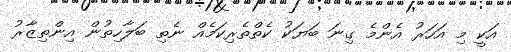
އަކީ މި އަހަރު އެންމެ ގިނަ ބަޔަކު ކެތްތެރިކަމެއް ނެތި ބަލާހިތުން އިންތިޒާރު